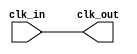
module sample_clock(clk_in,clk_out);

// This module is to provide the clock both for ramfilll and ram. So it can make sure it is in sync.
input clk_in;
output clk_out;

// <<<<<<< HEAD
// assign clk_out = clk_down;
// reg clk_down = 'b0;
// always @(posedge clk_in)
// begin
// 	clk_down = clk_down + 1;
// end
// =======
//assign clk_out = clk_down;
//
//reg clk_down; 
//initial begin
//	clk_down = 'b0;
//end
//always @(posedge clk_in)
//begin
//	clk_down <= ! clk_down ;
//end
// >>>>>>> new_compressor
assign clk_out = clk_in;

endmodule